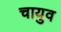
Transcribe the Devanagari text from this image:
चायुव